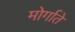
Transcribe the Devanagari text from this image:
मोर्गाते